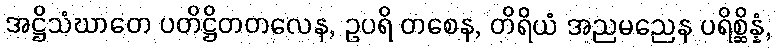
အဋ္ဌိသံဃာတေ ပတိဋ္ဌိတတလေန, ဥပရိ တစေန, တိရိယံ အညမညေန ပရိစ္ဆိန္နံ,